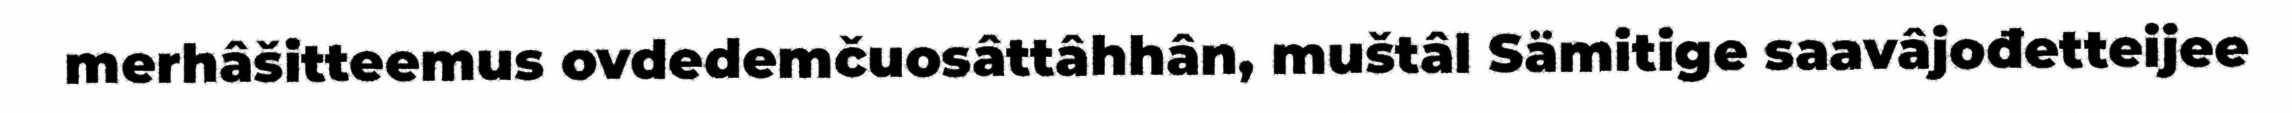
merhâšitteemus ovdedemčuosâttâhhân, muštâl Sämitige saavâjođetteijee